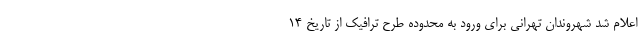
اعلام شد شهروندان تهرانی برای ورود به محدوده طرح ترافیک از تاریخ ۱۴